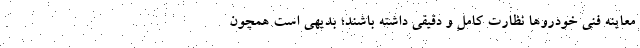
معاینه فنی خودروها نظارت کامل و دقیقی داشته باشند؛ بدیهی است همچون